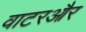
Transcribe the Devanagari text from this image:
वाटरऔर